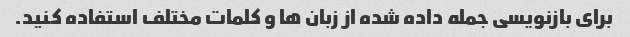
برای بازنویسی جمله داده شده از زبان ها و کلمات مختلف استفاده کنید.